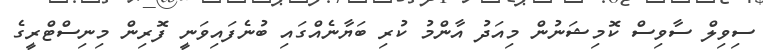
ސިވިލް ސާވިސް ކޮމިޝަނުން މިއަދު އާންމު ކުރި ބަޔާނެއްގައި ބުނެފައިވަނީ ފޮރިން މިނިސްޓްރީގެ